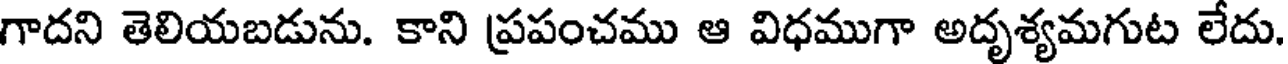
గాదని తెలియబడును. కాని ప్రపంచము ఆ విధముగా అదృశ్యమగుట లేదు